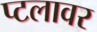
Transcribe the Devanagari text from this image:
प्टलावर